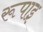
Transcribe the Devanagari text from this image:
रूपाइ